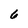
Character: 6